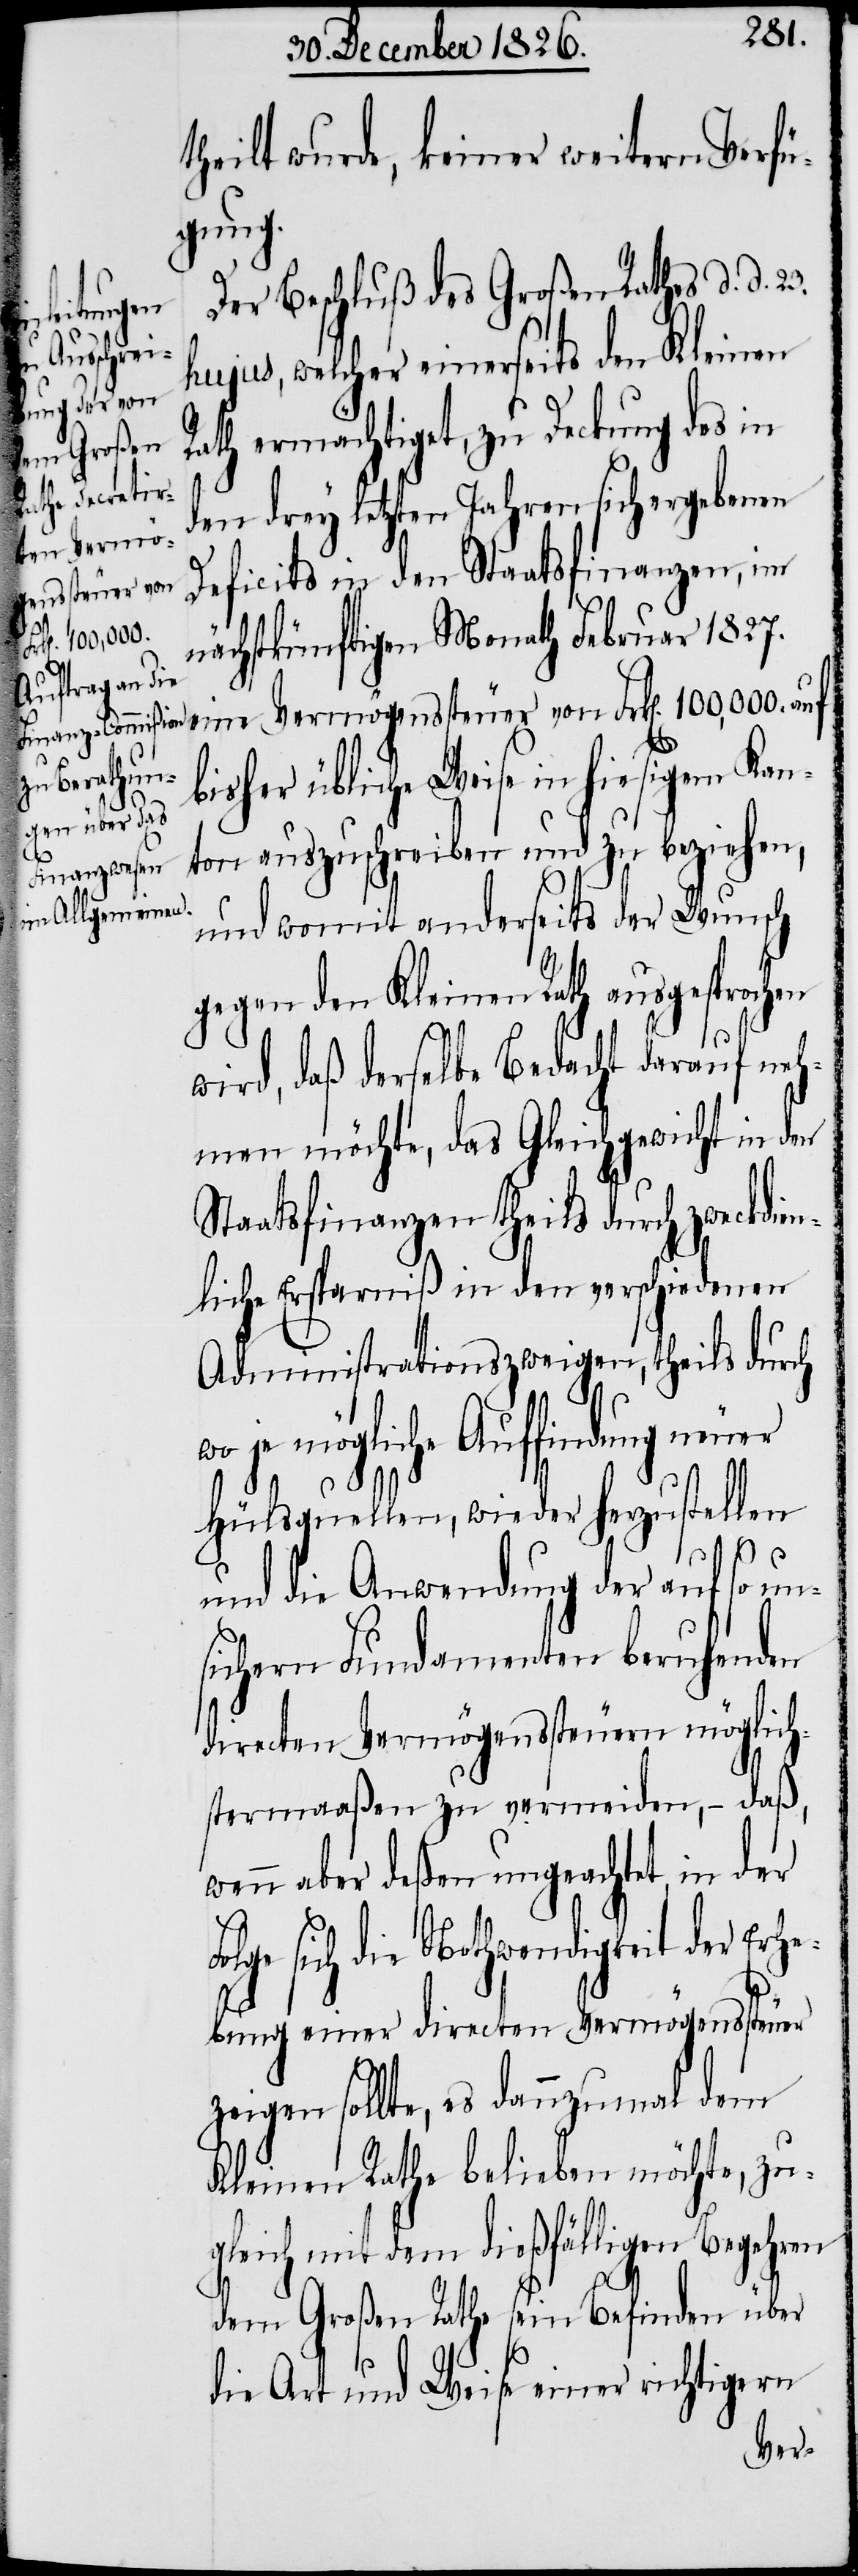
23.
theilt wurde, keiner weitern Verfü¬
gung.
Der Beschluß des Großen Rathes d. d.
hen w¬
hujus, welcher einerseits den Kleinen
Rath ermächtiget, zu Deckung des in
den drey letzten Jahren sich ergebenen
eine Vermö¬
Deficits in den Staatsfinanzen, im
genssteuer von
nächstkünftigen Monath Februar 1827.
bisher übliche Weise in hiesigem Kan¬
ton auszuschreiben und zu beziehen,
und womit anderseits der Wunsch
gegen den Kleinen Rath ausgesproc¬
ird, daß derselbe Bedacht darauf neh¬
men möchte, das Gleichgewicht in den
Staatsfinanzen theils durch zweckdien¬
liche Ersparniß in den verschiedenen
Administrationszweigen, theils durch
je mögliche Auffindung neuer
Hülfsquellen, wiederherzustellen
und die Anwendung der auf so un¬
sichern Fundamenten beruhenden
directen Vermögenssteuern möglich¬
stermaaßen zu vermeiden, – daß,
wenn aber deßen ungeachtet, in der
sich die Nothwendigkeit der Erhe¬
bung einer directen Vermögenssteuer
zeigen sollte, es dannzumal dem
Kleinen Rathe belieben möchte, zu¬
gleich mit dem dießfälligen Begehren
dem Großen Rathe sein Befinden über
die Art und Weise einer richtigern